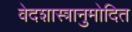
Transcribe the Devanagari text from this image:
वेदशास्त्रानुमोदित